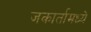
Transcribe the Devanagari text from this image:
जकार्तामध्ये